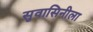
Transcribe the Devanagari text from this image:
सुवासिनीला